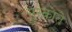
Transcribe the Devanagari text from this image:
मुस्काते